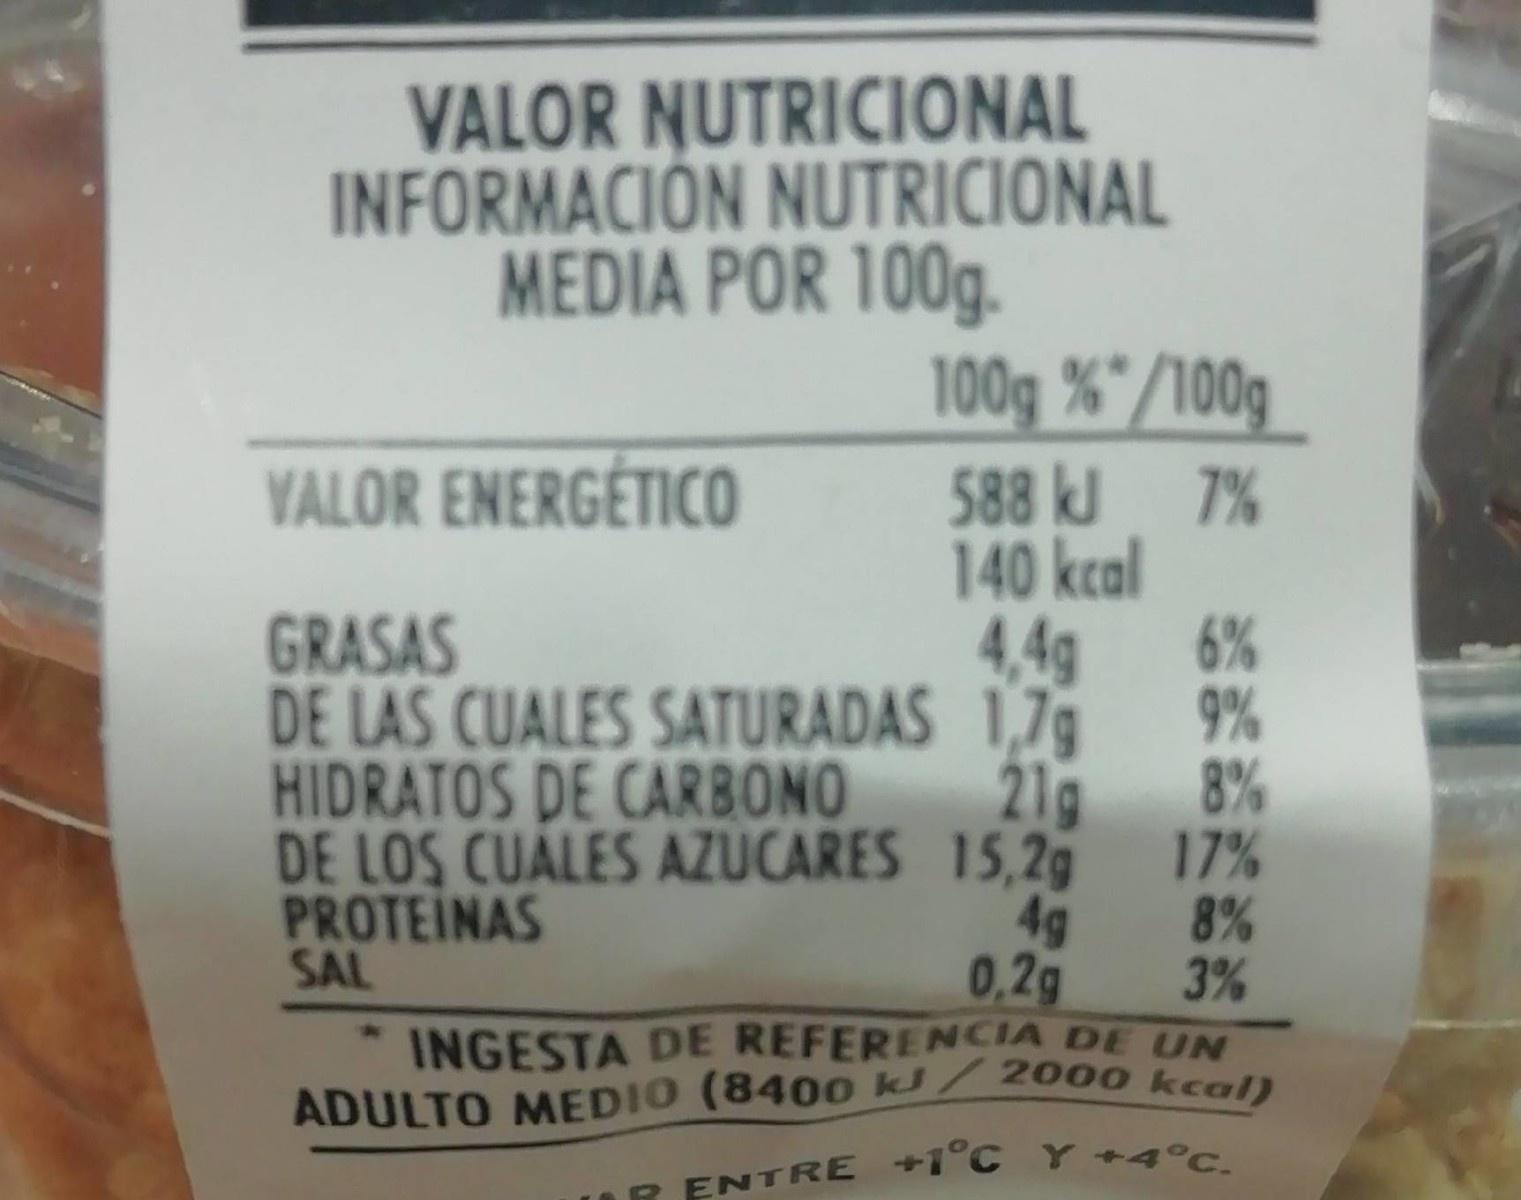
VALOR NUTRICIONAL INFORMACIÓN NUTRICIONAL MEDIA POR 100g.
100g %"/100g
VALOR ENERGÉTICO
588 kJ 7% 140 kcal
GRASAS
4,4g
6%
DE LAS CUALES SATURADAS 1,79
9%
HIDRATOS DE CARBONO 21g
8%
DE LOS CUALES AZUCARES 15,29 17%
PROTEINAS SAL
4g
8%
0.2g INGESTA DE REFERENCIA DE UN ADULTO MEDIO (8400 kJ/2000 kcal)
3%
R ENTRE +1°C Y +4°C.